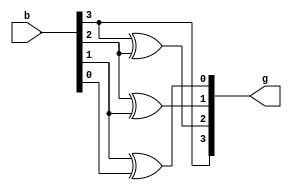
module bin2gray(input [3:0]b,output [3:0]g);
 assign g[3]=b[3];
 assign g[2]=b[3]^b[2];
 assign g[1]=b[2]^b[1];
 assign g[0]=b[1]^b[0];
endmodule

module tb;
reg [3:0] b;
wire [3:0] g;
bin2gray bg(b,g);
initial begin
b=4'b0000;
#5 b=4'b0001;
#5 b=4'b0010;
#5 b=4'b0011;
#5 b=4'b0100;
#5 b=4'b0101;
#5 b=4'b0110;
#5 b=4'b0111;
#5 b=4'b1000;
#5 b=4'b1001;
#5 b=4'b1010;
#5 b=4'b1011;
#5 b=4'b1100;
#5 b=4'b1101;
#5 b=4'b1110;
#5 b=4'b1111;
#100 $finish();
end
initial
$monitor($time,"b=%b,g=%b",b,g);
endmodule